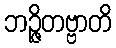
ဘဉ္ဇိတဗ္ဗာတိ